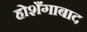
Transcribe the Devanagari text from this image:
होशँगाबाद